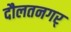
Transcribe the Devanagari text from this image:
दौलतनगर्